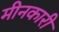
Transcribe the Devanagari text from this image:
मीनकारी